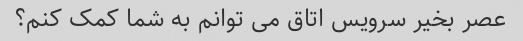
عصر بخیر سرویس اتاق می توانم به شما کمک کنم؟